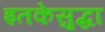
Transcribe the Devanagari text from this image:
इतकेसुद्धा